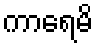
ကာရေမိ